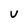
Character: v